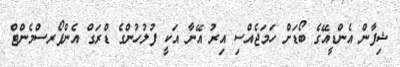
ޝިފާން އެންޑީއޭގެ ބޯޑަށް ހަމަޖެއްސި އިރު އޭނާ އަކީ ފުލުހުންގެ ޑްރަގް އެންފޯރސްމެންޓް